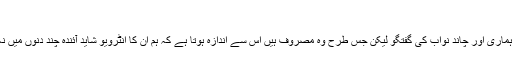
“
یہ تو تھی ہماری اور چاند نواب کی گفتگو لیکن جس طرح وہ مصروف ہیں اس سے اندازہ ہوتا ہے کہ ہم ان کا انٹرویو شاید آئندہ چند دنوں میں نہ کر پائیں۔